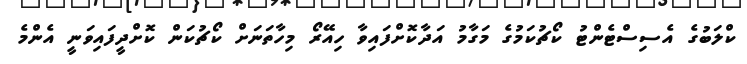
ކްލަބުގެ އެސިސްޓެންޓު ކޯޗުކަމުގެ މަގާމު އަދާކޮށްފައިވާ ހިއޭރޯ މިހާތަނަށް ކޯޗުކަން ކޮށްދީފައިވަނީ އެންމެ